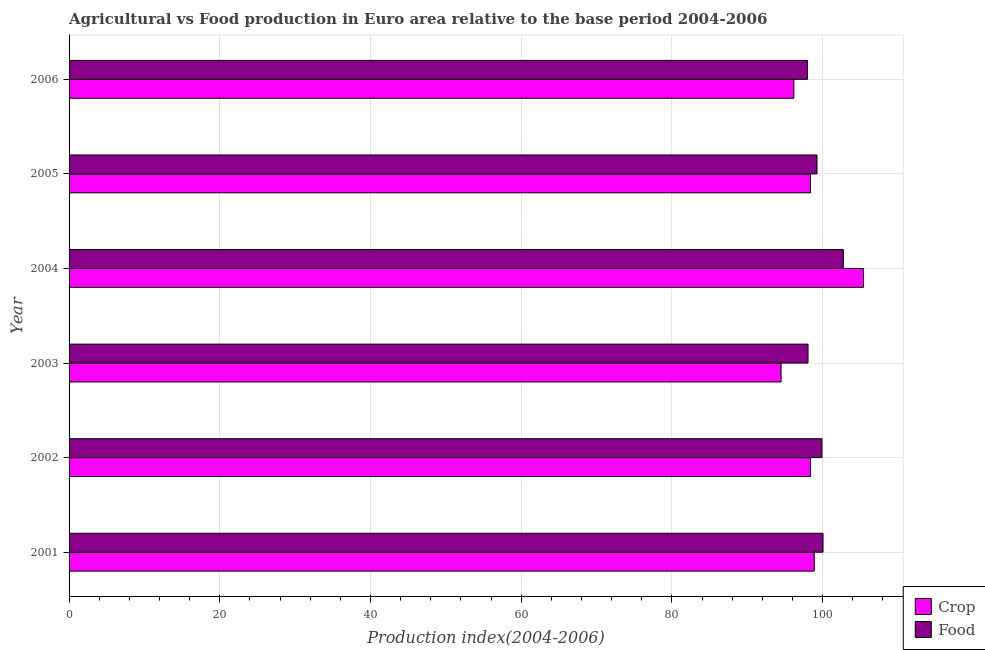
| Year | Crop | Food |
 | --- | --- | --- |
 | 2001 | 98.9 | 100 |
 | 2002 | 98.4 | 99.9 |
 | 2003 | 94.5 | 98.1 |
 | 2004 | 105 | 103 |
 | 2005 | 98.4 | 99.3 |
 | 2006 | 96.2 | 98 |